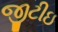
જીટીઇ